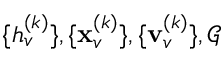
\{ h _ { v } ^ { ( k ) } \} , \{ \mathbf { x } _ { v } ^ { ( k ) } \} , \{ \mathbf { v } _ { v } ^ { ( k ) } \} , \mathcal { G }